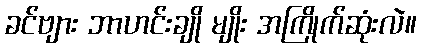
ခင်ဗျား ဘာဟင်းချို မျိုး အကြိုက်ဆုံးလဲ။